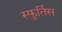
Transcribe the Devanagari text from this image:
स्फुर्तिस